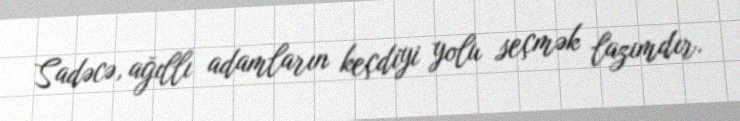
Sadəcə, ağıllı adamların keçdiyi yolu seçmək lazımdır.